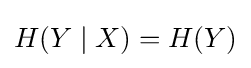
H(Y\mid X)=H(Y)